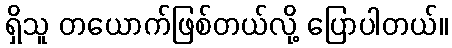
ရှိသူ တယောက်ဖြစ်တယ်လို့ ပြောပါတယ်။